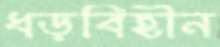
ধড়বিহীন